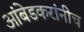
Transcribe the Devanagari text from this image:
आंबेडकरांनीच